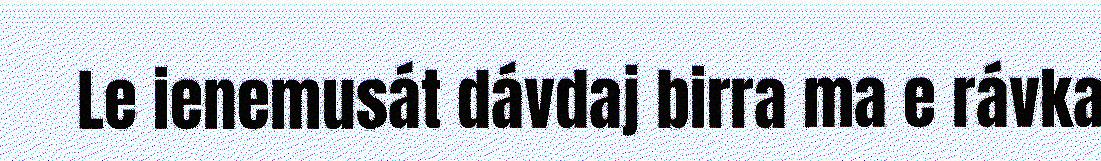
Le ienemusát dávdaj birra ma e rávka